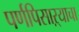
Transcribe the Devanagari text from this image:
पर्णपिसाऱ्याचा